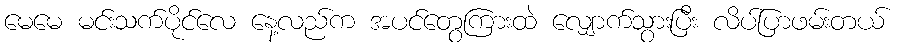
မေမေ မင်းသက်ပိုင်လေ နေ့လည်က အပင်တွေကြားထဲ လျှောက်သွားပြီး လိပ်ပြာဖမ်းတယ်